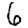
Digit: 6